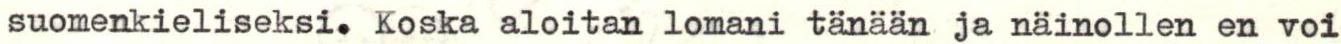
suomenkieliseksi. Koska aloitan lomani tänään ja näinollen en voi